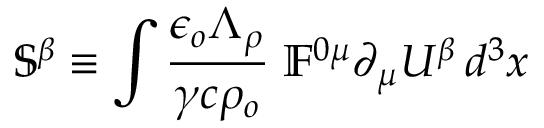
\mathbb { S } ^ { \beta } \equiv \int \frac { \epsilon _ { o } \Lambda _ { \rho } } { \gamma c \rho _ { o } } \; \mathbb { F } ^ { 0 \mu } \partial _ { \mu } U ^ { \beta } \, d ^ { 3 } x